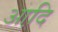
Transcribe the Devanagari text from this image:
आदि़